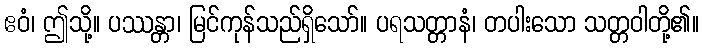
ဧဝံ၊ ဤသို့။ ပဿန္တာ၊ မြင်ကုန်သည်ရှိသော်။ ပရသတ္တာနံ၊ တပါးသော သတ္တဝါတို့၏။